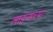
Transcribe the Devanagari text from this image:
लाइन्सच्या